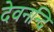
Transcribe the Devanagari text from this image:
देवनन्दि